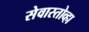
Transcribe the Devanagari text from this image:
सेवास्तोव्हा